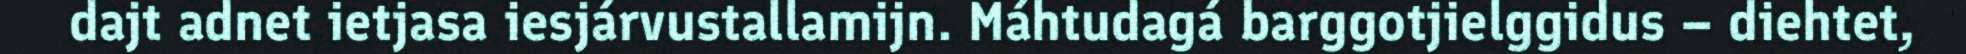
dajt adnet ietjasa iesjárvustallamijn. Máhtudagá barggotjielggidus – diehtet,